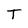
Character: T